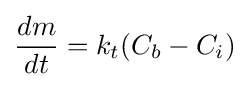
{\frac {dm}{dt}}=k_{t}(C_{b}-C_{i})